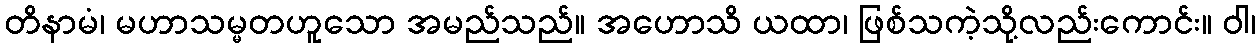
တိနာမံ၊ မဟာသမ္မတဟူသော အမည်သည်။ အဟောသိ ယထာ၊ ဖြစ်သကဲ့သို့လည်းကောင်း။ ဝါ၊